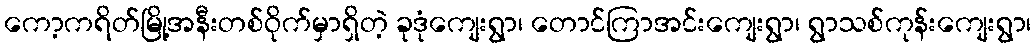
ကော့ကရိတ်မြို့အနီးတစ်ဝိုက်မှာရှိတဲ့ ခုဒုံကျေးရွာ၊ တောင်ကြာအင်းကျေးရွာ၊ ရွာသစ်ကုန်းကျေးရွာ၊